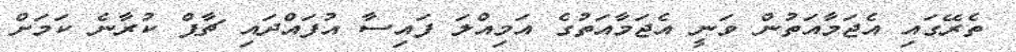
ތެރޭގައި އެޖަމާއަތުން ވަނީ އެޖަމާއަތުގެ އަމިއްލަ ފައިސާ އުފައްދައި ޗާޕް ކުރާނެ ކަމަށް